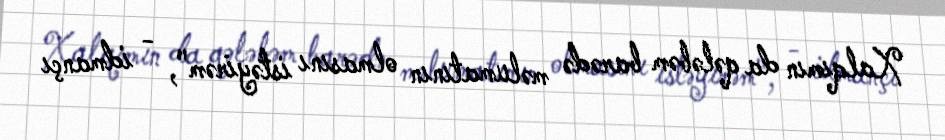
Xalqımın da qələbəm barədə məlumatının olmasını istəyirəm", - idmançı